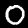
Label: 0